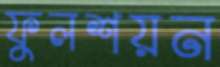
ফুলশয়ন